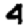
Digit: 4